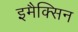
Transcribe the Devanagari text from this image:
इमैक्सिन